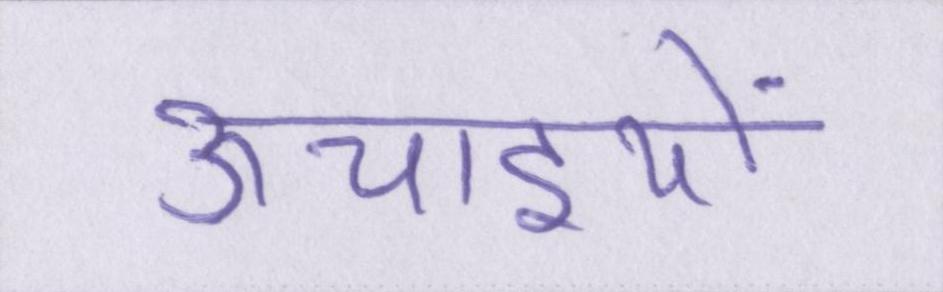
ऊचाइयों